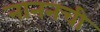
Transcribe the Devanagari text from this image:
नाननची